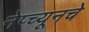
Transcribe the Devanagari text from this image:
नेप्च्यूनचे